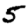
Digit: 5